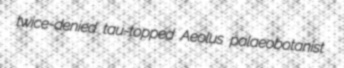
twice-denied tau-topped Aeolus palaeobotanist